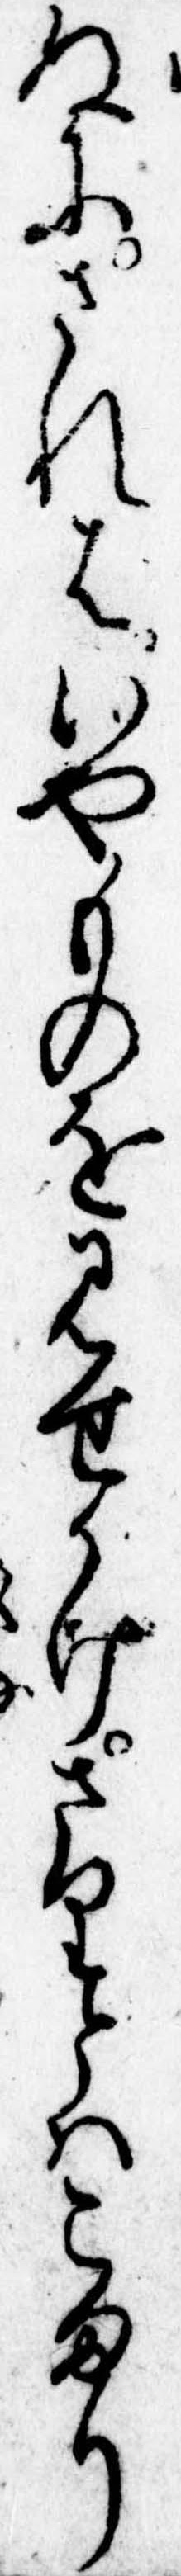
ぬにさればいやものを見せかけさりとはこまり